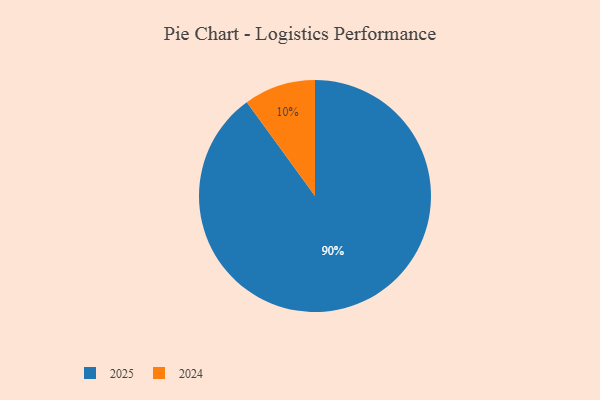
{"axis": {"x": "Category", "y": "Percentage"}, "legend": ["2024", "2025"], "data": [{"x": "2025", "y": 90, "type": "2025"}, {"x": "2024", "y": 10, "type": "2024"}]}